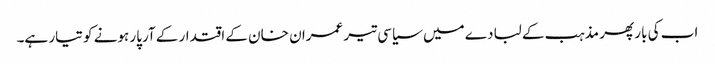
اب کی بار پھر مذہب کے لبادے میں سیاسی تیر عمران خان کے اقتدار کے آرپار ہونے کو تیار ہے۔